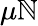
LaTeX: \mu\mathbb{N}